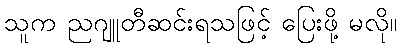
သူက ညဂျူတီဆင်းရသဖြင့် ပြေးဖို့ မလို။